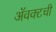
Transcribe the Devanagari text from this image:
ॲवक्टची